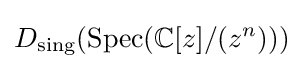
D_{\text{sing}}(\operatorname {Spec} (\mathbb {C} [z]/(z^{n})))